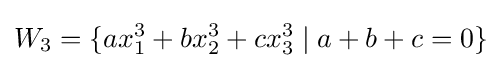
W_{3}=\{ax_{1}^{3}+bx_{2}^{3}+cx_{3}^{3}\mid a+b+c=0\}